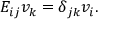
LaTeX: E _ { i j } v _ { k } = \delta _ { j k } v _ { i } .